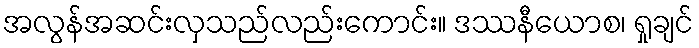
အလွန်အဆင်းလှသည်လည်းကောင်း။ ဒဿနီယောစ၊ ရှုချင်